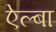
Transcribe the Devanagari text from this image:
ऐल्बा